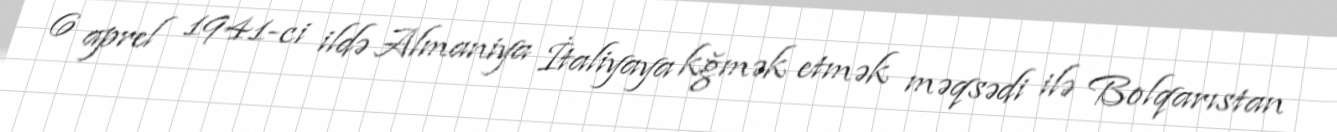
6 aprel 1941-ci ildə Almaniya İtaliyaya kğmək etmək məqsədi ilə Bolqarıstan